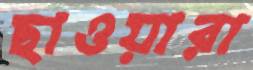
ছাওয়ারা